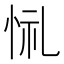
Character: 𢙔